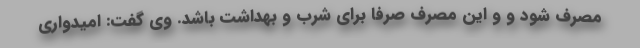
مصرف شود و و این مصرف صرفا برای شرب و بهداشت باشد. وی گفت: امیدواری